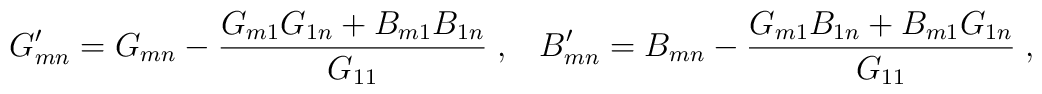
G'_{mn} = G_{mn} - \frac{ G_{m1} G_{1n} + B_{m1} B_{1n} }{G_{11}} \;,\;\;\;B'_{mn} = B_{mn} - \frac{G_{m1} B_{1n} + B_{m1} G_{1n}}{G_{11}} \;,